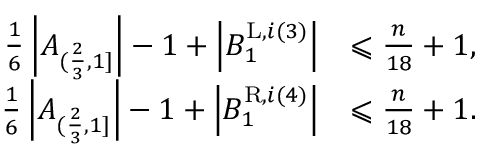
\begin{array} { r l } { \frac { 1 } { 6 } \left| A _ { ( \frac { 2 } { 3 } , 1 ] } \right| - 1 + \left| B _ { 1 } ^ { \mathrm { L } , i ( 3 ) } \right| } & { \leqslant \frac { n } { 1 8 } + 1 , } \\ { \frac { 1 } { 6 } \left| A _ { ( \frac { 2 } { 3 } , 1 ] } \right| - 1 + \left| B _ { 1 } ^ { \mathrm { R } , i ( 4 ) } \right| } & { \leqslant \frac { n } { 1 8 } + 1 . } \end{array}